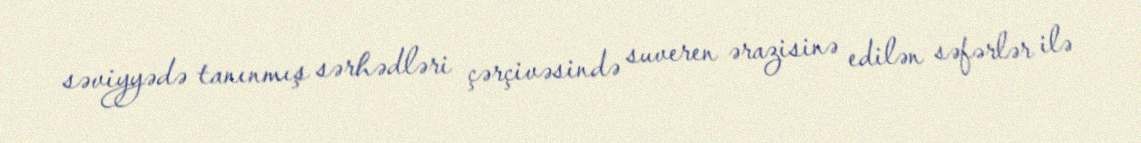
səviyyədə tanınmış sərhədləri çərçivəsində suveren ərazisinə edilən səfərlər ilə